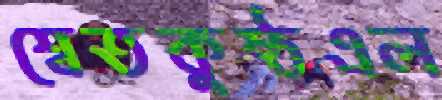
শ্বেতকুষ্ঠএল